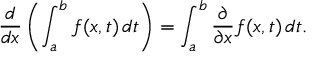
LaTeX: { \frac { d } { d x } } \left( \int _ { a } ^ { b } f ( x , t ) \, d t \right) = \int _ { a } ^ { b } { \frac { \partial } { \partial x } } f ( x , t ) \, d t .